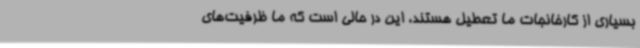
بسیاری از کارخانجات ما تعطیل هستند، این در حالی است که ما ظرفیت‌های